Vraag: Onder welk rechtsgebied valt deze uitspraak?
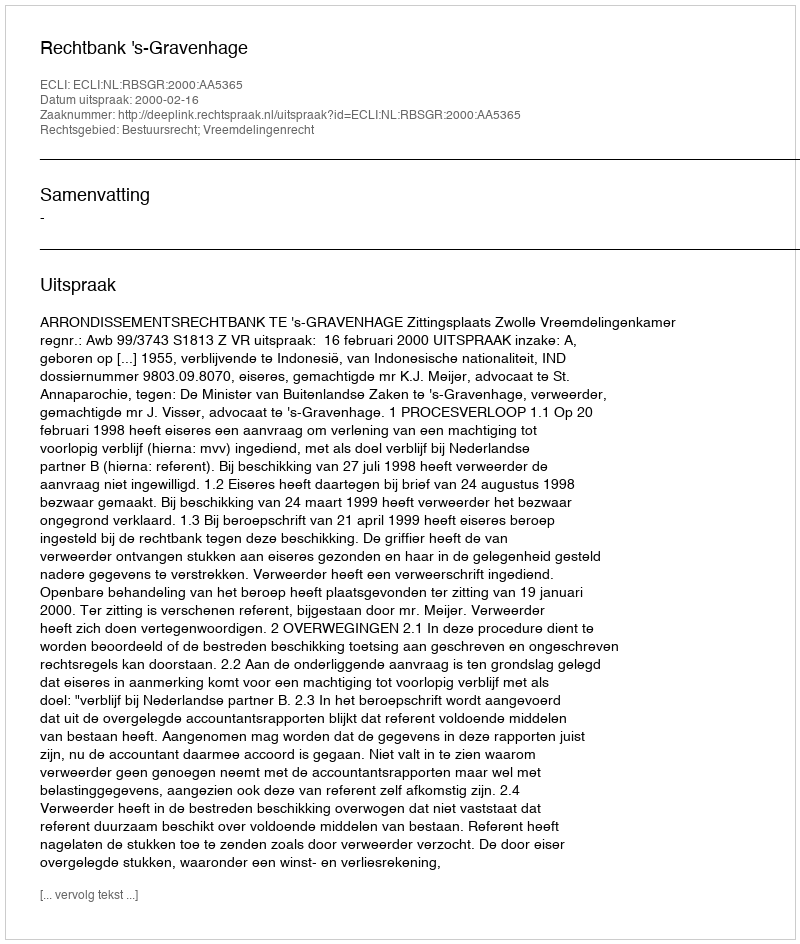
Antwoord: Bestuursrecht; Vreemdelingenrecht